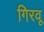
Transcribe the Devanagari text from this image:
गिरवू